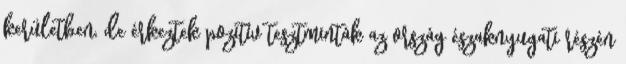
kerületben, de érkeztek pozitív tesztminták az ország északnyugati részén